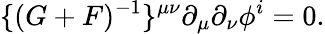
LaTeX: \{ (G+F)^{-1}\} ^{\mu\nu}\partial_{\mu}\partial_{\nu}\phi^{i}=0.